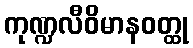
ကုဏ္ဍလီဝိမာနဝတ္ထု